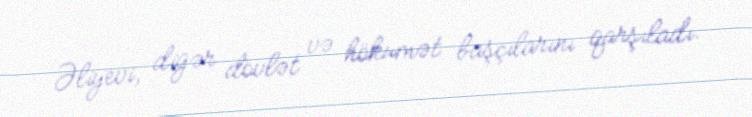
Əliyevi, digər dövlət və hökumət başçılarını qarşıladı.